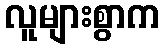
လူများစွာက